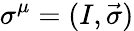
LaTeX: \sigma^{\mu}=(I,{\vec{\sigma}})